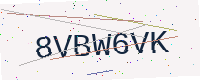
Text: 8VBW6VK